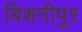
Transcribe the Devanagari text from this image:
बिशनीपुर